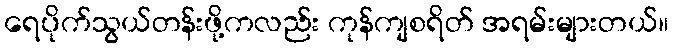
ရေပိုက်သွယ်တန်းဖို့ကလည်း ကုန်ကျစရိတ် အရမ်းများတယ်။